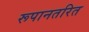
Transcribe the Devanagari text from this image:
रूपानतरित